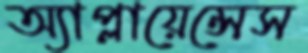
অ্যাপ্লায়েন্সেস